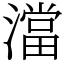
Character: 澢